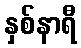
နှစ်နာရီ